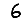
Digit: 6